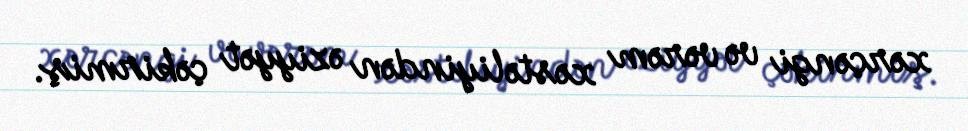
xərçəngi və vərəm xəstəliyindən əziyyət çəkirmiş.